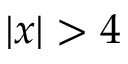
| x | > 4